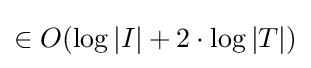
\in O(\log |I|+2\cdot \log |T|)